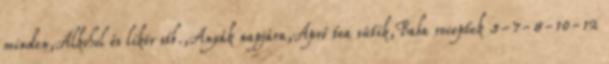
minden,Alkohol és likör stb.,Anyák napjára,Apró tea sütik,Baba receptek 5-7-8-10-12